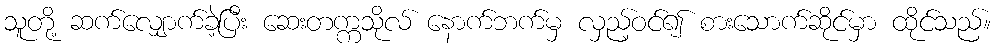
သူတို့ ဆက်လျှောက်ခဲ့ပြီး ဆေးတက္ကသိုလ် နောက်ဘက်မှ လှည့်ဝင်၍ စားသောက်ဆိုင်မှာ ထိုင်သည်။